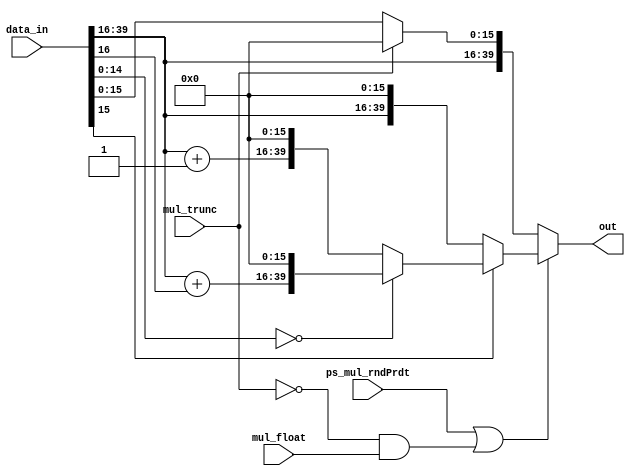
module mul_rnd	
		#(parameter SIZE=16)
		(
			input wire[SIZE*5/2-1:0] data_in,		//mul40_out_data
			input wire ps_mul_rndPrdt, mul_trunc,mul_float,
			output reg[SIZE*5/2-1:0] out		//rnd40_out
		);
	
	always@(*)
	begin
		if(ps_mul_rndPrdt | (~mul_trunc&mul_float))		//signal is from programmer directly. rndPrdt becomes true only during ps_mul_IbF=1 (Fractional case).
		begin
			if(~data_in[SIZE-1])	
				//truncate
				out = { data_in[SIZE*5/2-1:SIZE], {SIZE{1'b0}} };
			else
			begin
				if(data_in[SIZE-2:0]=={(SIZE-1){1'b0}})
					//rnd to make data[16]=0 and truncate lsb16
					out = { (data_in[SIZE*5/2-1:SIZE]+data_in[SIZE]), {SIZE{1'b0}} };
				else
					//add 1 to msb16 and truncate lsb16
					out = { (data_in[SIZE*5/2-1:SIZE]+1), {SIZE{1'b0}} };
			end
		end
		
		else if (mul_trunc)
		begin
			out = { data_in[SIZE*5/2-1:SIZE], {SIZE{1'b0}} };
		end

		else
			out=data_in;
	end
endmodule